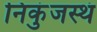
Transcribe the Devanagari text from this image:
निकुंजस्थं